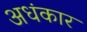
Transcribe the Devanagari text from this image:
अधंकार